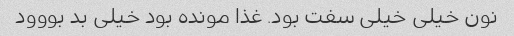
نون خیلی خیلی سفت بود. غذا مونده بود خیلی بد بووود